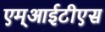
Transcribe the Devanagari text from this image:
एम्आईटीएस